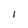
Character: 1